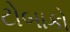
ટોબાકો